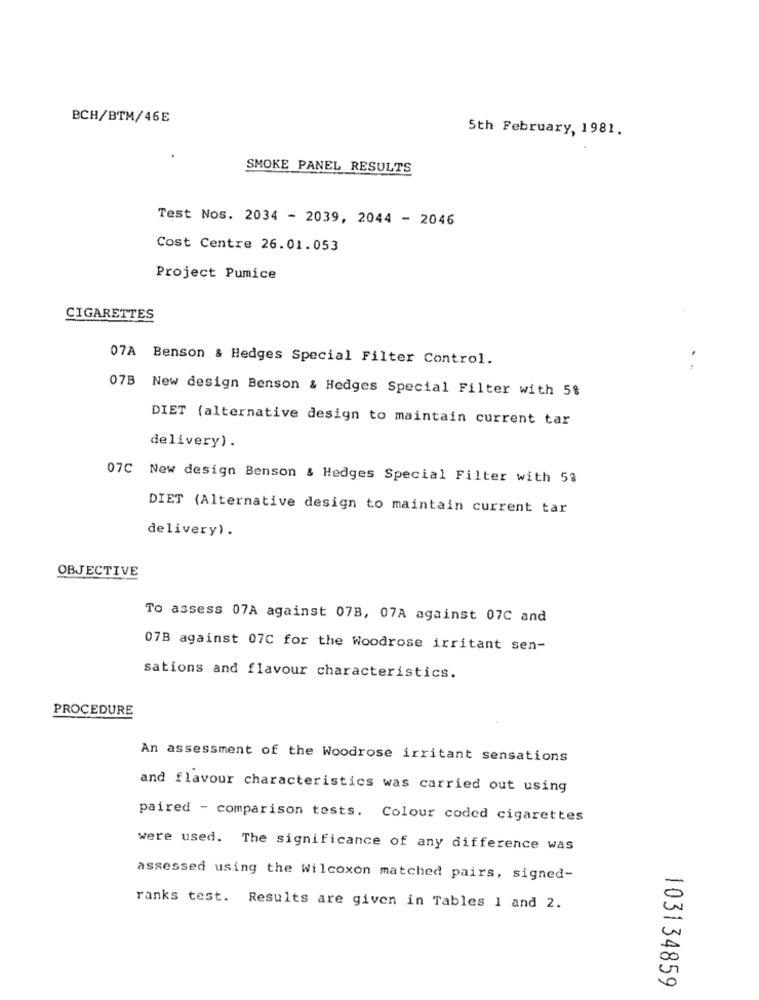
BCH/BTM/46E
5th February, 1981.
SMOKE PANEL RESULTS
Test Nos. 2034 - 2039, 2044 - 2046
Cost Centre 26.01.053
Project Pumice
CIGARETTES
07A Benson & Hedges Special Filter Control.
..
07B New design Benson & Hedges Special Filter with 5%
DIET (alternative design to maintain current tar
delivery).
07C New design Benson & Hedges Special Filter with 58
DIET (Alternative design to maintain current tar
delivery) .
OBJECTIVE
To assess 07A against 07B, 07A against 07C and
07B against 07C for the Woodrose irritant sen-
sations and flavour characteristics.
PROCEDURE
An assessment of the Woodrose irritant sensations
and flavour characteristics was carried out using
paired - comparison tests. Colour coded cigarettes
were used. The significance of any difference was
assessed using the Wilcoxon matched pairs, signed-
ranks test. Results are given in Tables 1 and 2.
103134859